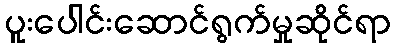
ပူးပေါင်းဆောင်ရွက်မှုဆိုင်ရာ